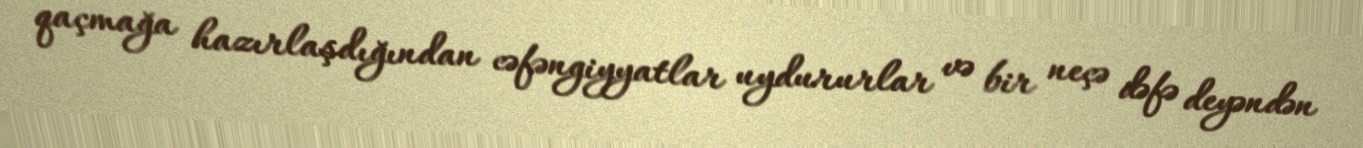
qaçmağa hazırlaşdığından cəfəngiyyatlar uydururlar və bir neçə dəfə deyəndən